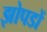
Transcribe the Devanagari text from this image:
झोपडों